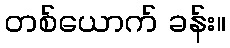
တစ်ယောက် ခန်း။